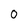
Character: 0